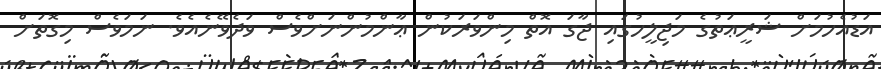
އަޑުއެހުމަށް ޝަރީޢަތުގެ މަޖިލީހުގައި ޖާގަ އޮތް މިންވަރަކުން ޢާންމުންނަށްވެސް ވަދެވޭނެއެވެ. ނަމަވެސް މިގޮތަށް